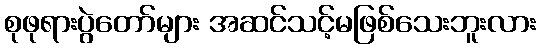
စုဖုရားပွဲတော်များ အဆင်သင့်မဖြစ်သေးဘူးလား